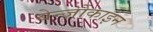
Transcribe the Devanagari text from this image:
बेन्ज़ोकाइन